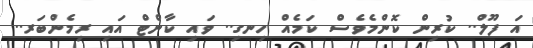
އަ ފޫލް.. ކުރިން ކޮންމެވެސް ކަމެއް ހިނގި.. ވައި ކާންޓް އައި ރިމެންބަރ..